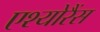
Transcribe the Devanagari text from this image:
एश्योरैंस